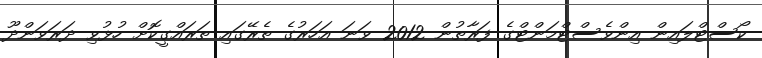
ކޯސްޓްލައިން އިންވެސްޓްމަންޓްގެ ފަރާތުން 2012 ވަނަ އަހަރުގެ ތެރޭގައި ތަރައްގީކޮށް ހުޅުވި ދަރަވަންދޫ